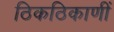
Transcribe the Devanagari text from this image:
ठिकठिकाणीं